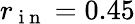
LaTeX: r_{\mathrm{~i~n~}}=0.45